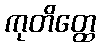
ကုတိတ္ထေ